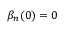
\beta _ { n } ( 0 ) = 0